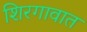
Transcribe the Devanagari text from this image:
शिरगावात